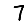
Digit: 7